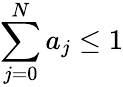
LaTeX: \sum_{j=0}^{N}a_{j}\le 1